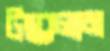
টস্‌কালাম